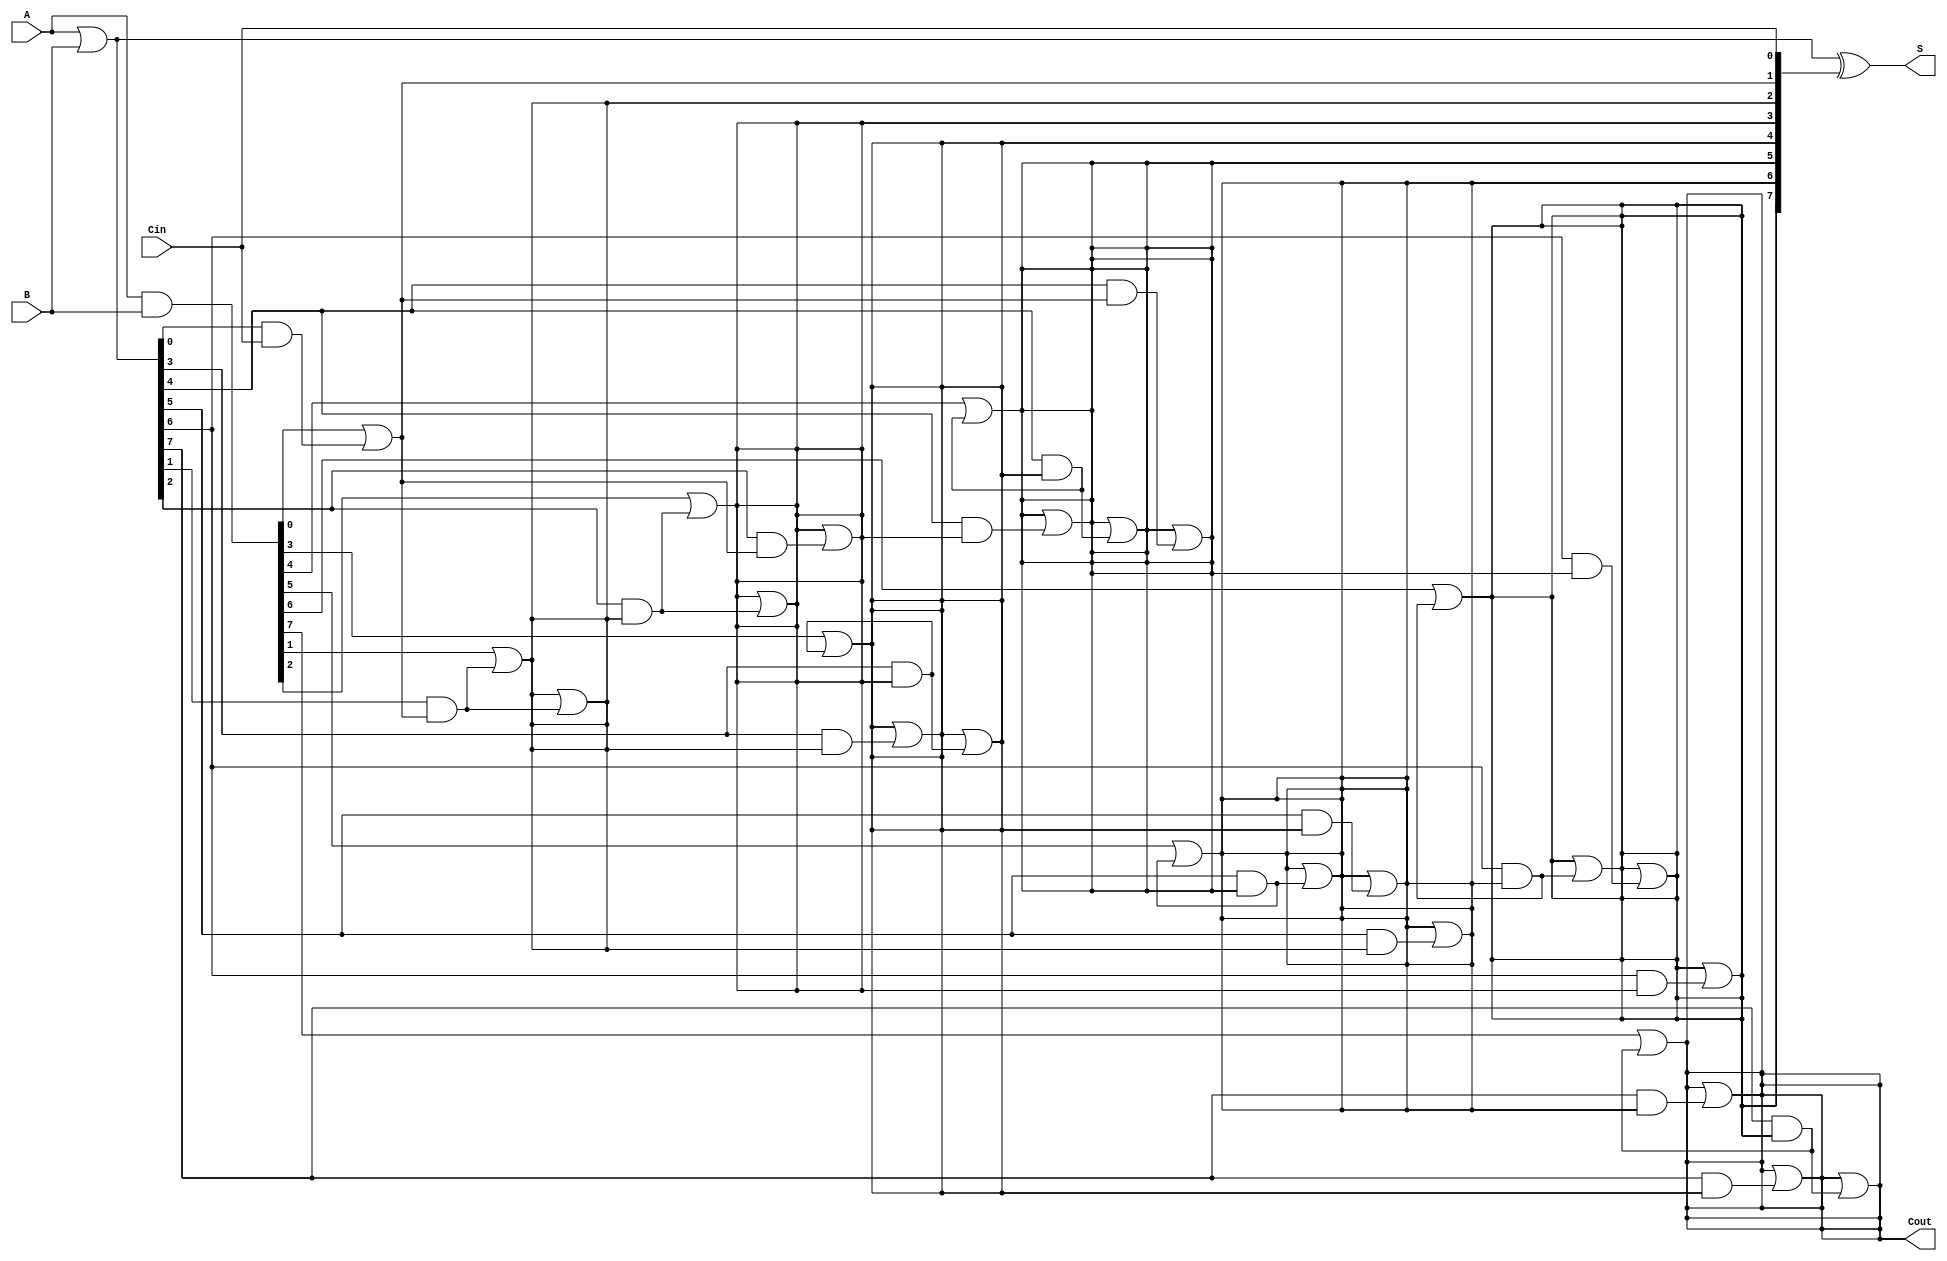
module ParallelPrefixAdder #(parameter N = 8) (
    input  [N-1:0] A,      // First n-bit input
    input  [N-1:0] B,      // Second n-bit input
    input          Cin,     // Carry-in
    output [N-1:0] S,      // Sum output
    output         Cout     // Carry-out
);

    // Generate and Propagate signals
    wire [N-1:0] G; // Generate
    wire [N-1:0] P; // Propagate
    wire [N:0] C;    // Carry signals

    // Generate and Propagate calculations
    assign G = A & B;          // G[i] = A[i] & B[i]
    assign P = A | B;          // P[i] = A[i] | B[i]
    
    // Carry signals initialization
    assign C[0] = Cin;         // C[0] = Cin

    // Kogge-Stone Prefix Tree for Carry Calculation
    genvar i, j;
    generate
        // Level 1
        for (i = 0; i < N; i = i + 1) begin
            if (i == 0) begin
                assign C[i + 1] = G[i] | (P[i] & C[i]);
            end else begin
                assign C[i + 1] = G[i] | (P[i] & C[i]);
            end
        end

        // Level 2
        for (j = 1; j < N; j = j * 2) begin
            for (i = 0; i < N; i = i + 1) begin
                if (i >= j) begin
                    assign C[i + 1] = C[i + 1] | (P[i] & C[i - j + 1]);
                end
            end
        end
    endgenerate

    // Sum Calculation
    assign S = P ^ C[N-1:0]; // S[i] = P[i] ^ C[i]

    // Carry-out
    assign Cout = C[N]; // Final carry-out

endmodule